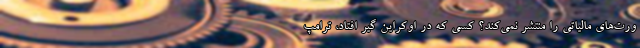
ورت‌های مالیاتی را منتشر نمی‌کند؟ کسی که در اوکراین گیر افتاد، ترامپ